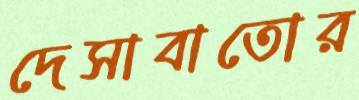
দেসাবাতোর